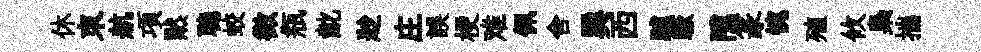
休朿航項黙聴蛟徴瓶齔尟庄誤梗难佩舍巽西驢蹶隲篆惋殖攸梟揣